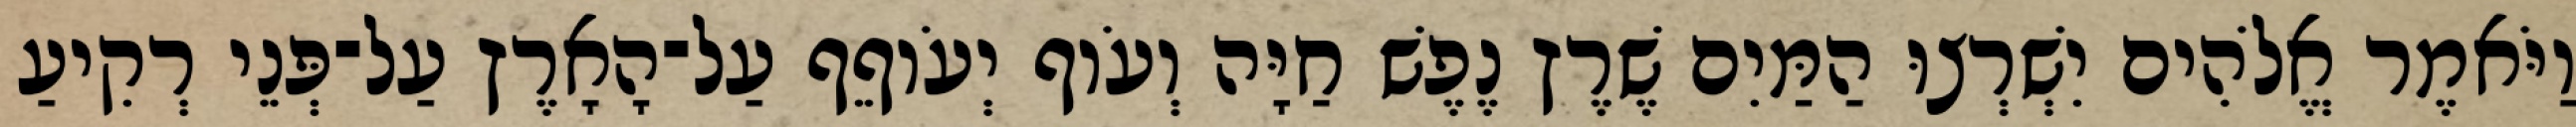
וַיֹּאמֶר אֱלֹהִים יִשְׁרְצוּ הַמַּיִם שֶׁרֶץ נֶפֶשׁ חַיָּה וְעֹוף יְעֹוףֵף עַל־הָאָרֶץ עַל־פְּנֵי רְקִיעַ